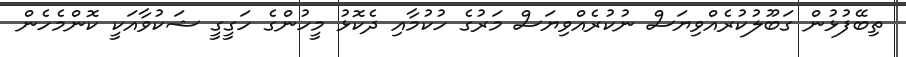
ތިބޭފުޅުން ގަބޫލުކުރެއްވިޔަސް ނުކުރެއްވިޔަސް މަރުގެ ހުކުމާއި ދެކޮޅު މީހުންގެ ހަގީގީ ޝަކުވާއަކީ ކޮންމެހެން